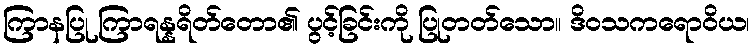
ကြာနပြု ကြာရန္နရိတ်တော၏ ပွင့်ခြင်းကို ပြုတတ်သော။ ဒိဝသကရောဝိယ၊